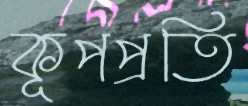
কূপপ্রতি